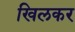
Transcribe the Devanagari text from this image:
खिलकर